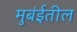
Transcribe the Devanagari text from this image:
मुबंईतील